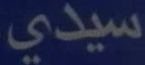
سيدى